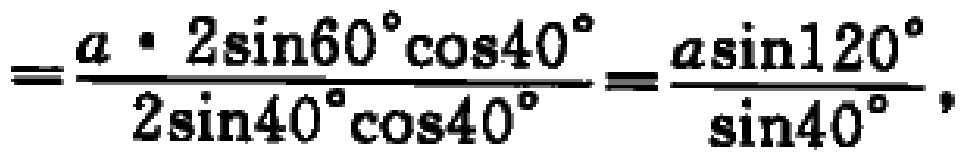
\[=\frac{a\cdot 2\sin60^{\circ}\cos40^{\circ}}{2\sin40^{\circ}\cos40^{\circ}}=\frac{a\sin120^{\circ}}{\sin40^{\circ}},\]